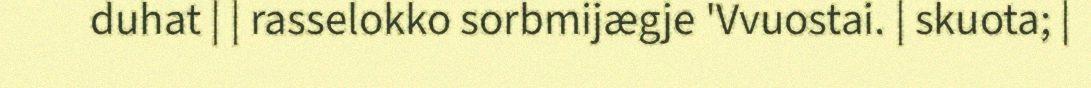
duhat | | rasselokko sorbmijægje 'Vvuostai. | skuota; |